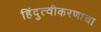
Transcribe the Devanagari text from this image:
हिंदुत्वीकरणाचा